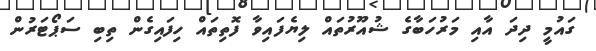
ގައުމީ ދިދަ އާއި މަރުހަބާގެ ޝުއޫރުތައް ލިޔެފައިވާ ފޮތިތައް ހިފައިގެން ތިބި ސަޕޯޓަރުން